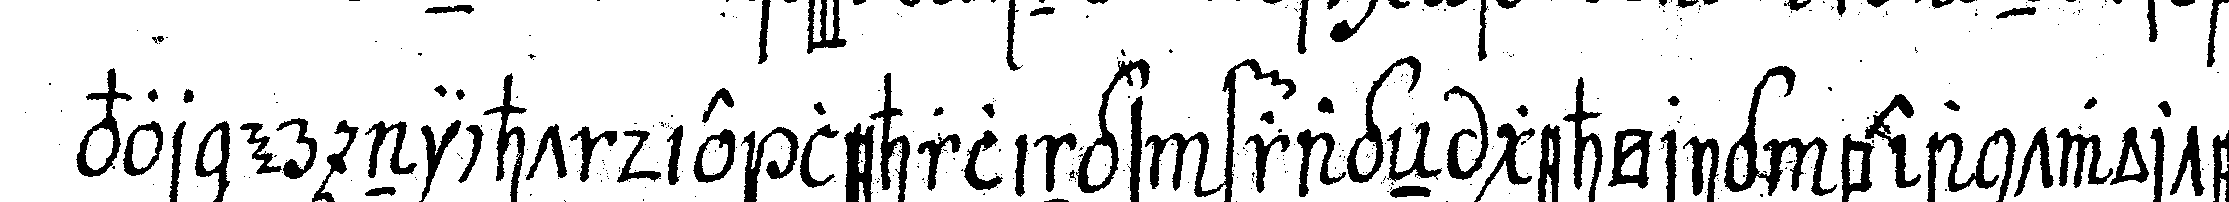
vor er nicht die lehrlings frageN gehörig beantwortet